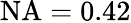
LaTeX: \mathrm{NA}=0.42